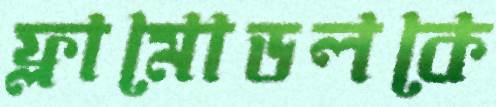
ফ্লামোডলকে